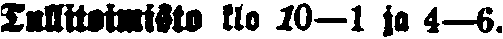
Tullitoimisto klo 10—1 ja 4—6.